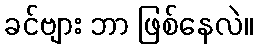
ခင်ဗျား ဘာ ဖြစ်နေလဲ။